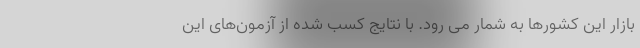
بازار این کشورها به شمار می رود. با نتایج کسب شده از آزمون‌های این